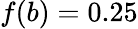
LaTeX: f(b)=0.25